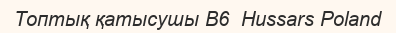
Топтық қатысушы B6  Hussars Poland